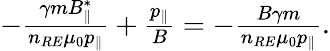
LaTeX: \begin{array}{r}{-\frac{\gamma mB_{\| }^{*}}{n_{RE}\mu_{0}p_{\| }}+\frac{p_{\| }}{B}=-\frac{B\gamma m}{n_{RE}\mu_{0}p_{\| }}.}\end{array}